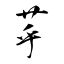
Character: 苸